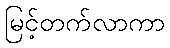
မြင့်တက်လာကာ